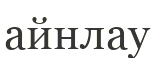
айнлау